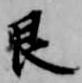
艮